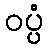
ဝပ္ပံ